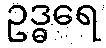
ဥဒ္ဓရေ